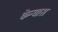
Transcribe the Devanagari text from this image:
केन्वास